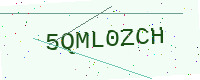
Text: 5QML0ZCH